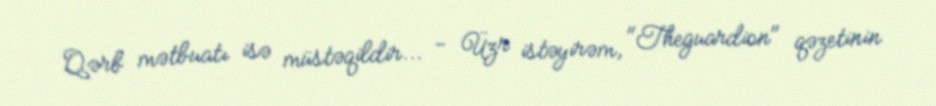
Qərb mətbuatı isə müstəqildir... - Üzr istəyirəm, "Theguardion" qəzetinin